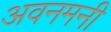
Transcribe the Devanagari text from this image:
अवनमनी